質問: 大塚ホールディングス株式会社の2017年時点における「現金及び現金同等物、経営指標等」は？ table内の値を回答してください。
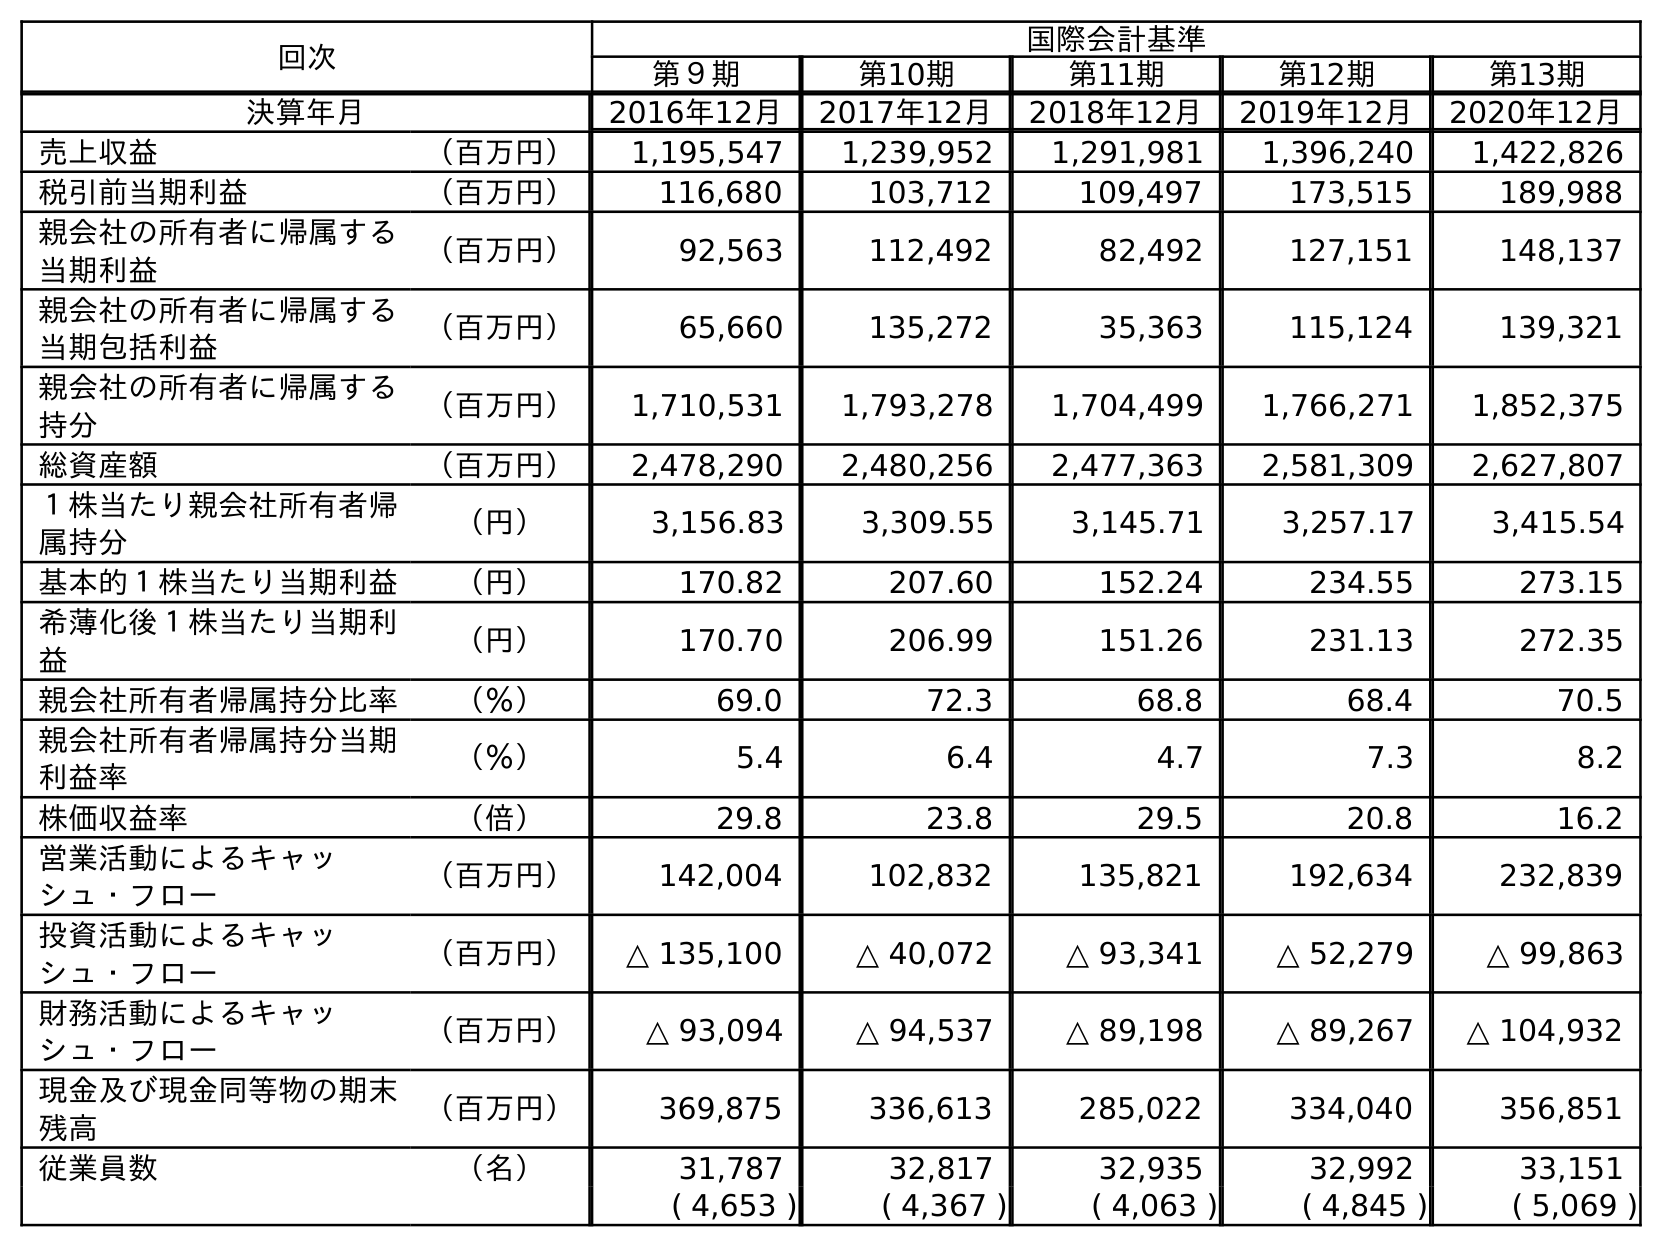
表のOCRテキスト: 回次 国際会計基準 第９期 第10期 第11期 第12期 第13期 決算年月 2016年12月 2017年12月 2018年12月 2019年12月 2020年12月 売上収益 （百万円） 1,195,547 1,239,952 1,291,981 1,396,240 1,422,826 税引前当期利益 （百万円） 116,680 103,712 109,497 173,515 189,988 親会社の所有者に帰属する 当期利益 （百万円） 92,563 112,492 82,492 127,151 148,137 親会社の所有者に帰属する 当期包括利益 （百万円） 65,660 135,272 35,363 115,124 139,321 親会社の所有者に帰属する 持分 （百万円） 1,710,531 1,793,278 1,704,499 1,766,271 1,852,375 総資産額 （百万円） 2,478,290 2,480,256 2,477,363 2,581,309 2,627,807 １株当たり親会社所有者帰 属持分 （円） 3,156.83 3,309.55 3,145.71 3,257.17 3,415.54 基本的１株当たり当期利益 （円） 170.82 207.60 152.24 234.55 273.15 希薄化後１株当たり当期利 益 （円） 170.70 206.99 151.26 231.13 272.35 親会社所有者帰属持分比率 （％） 69.0 72.3 68.8 68.4 70.5 親会社所有者帰属持分当期 利益率 （％） 5.4 6.4 4.7 7.3 8.2 株価収益率 （倍） 29.8 23.8 29.5 20.8 16.2 営業活動によるキャッ シュ・フロー （百万円） 142,004 102,832 135,821 192,634 232,839 投資活動によるキャッ シュ・フロー （百万円） △ 135,100 △ 40,072 △ 93,341 △ 52,279 △ 99,863 財務活動によるキャッ シュ・フロー （百万円） △ 93,094 △ 94,537 △ 89,198 △ 89,267 △ 104,932 現金及び現金同等物の期末 残高 （百万円） 369,875 336,613 285,022 334,040 356,851 従業員数 （名） 31,787 32,817 32,935 32,992 33,151 ( 4,653 ) ( 4,367 ) ( 4,063 ) ( 4,845 ) ( 5,069 )
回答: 336,613